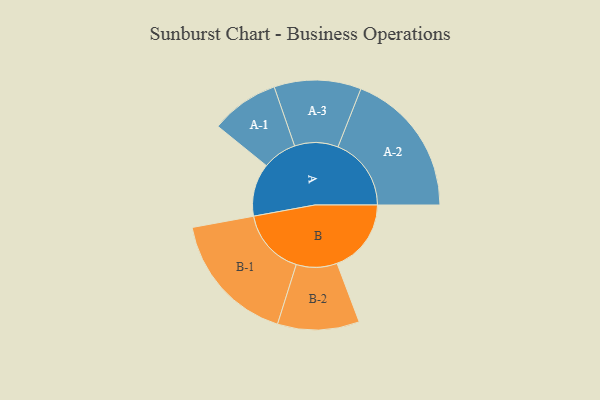
{"axis": {"x": "Segment", "y": "Value"}, "legend": ["", "A", "B"], "data": [{"x": "A", "y": 181, "type": ""}, {"x": "B", "y": 254, "type": ""}, {"x": "A-1", "y": 117, "type": "A"}, {"x": "A-2", "y": 251, "type": "A"}, {"x": "A-3", "y": 149, "type": "A"}, {"x": "B-1", "y": 228, "type": "B"}, {"x": "B-2", "y": 140, "type": "B"}]}